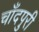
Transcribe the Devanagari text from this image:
चाँदपुरी